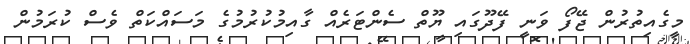
މީގެއިތުރުން ޖޭފޯ ވަނީ ފޭދޫގައި ޔޫތް ސެންޓަރެއް ގާއިމުކުރުމުގެ މަސައްކަތް ވެސް ކުރަމުން